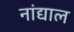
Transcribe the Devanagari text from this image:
नांद्याल